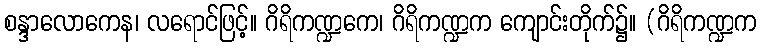
စန္ဒာလောကေန၊ လရောင်ဖြင့်။ ဂိရိကဏ္ဍကေ၊ ဂိရိကဏ္ဍက ကျောင်းတိုက်၌။ (ဂိရိကဏ္ဍက